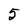
Character: 5